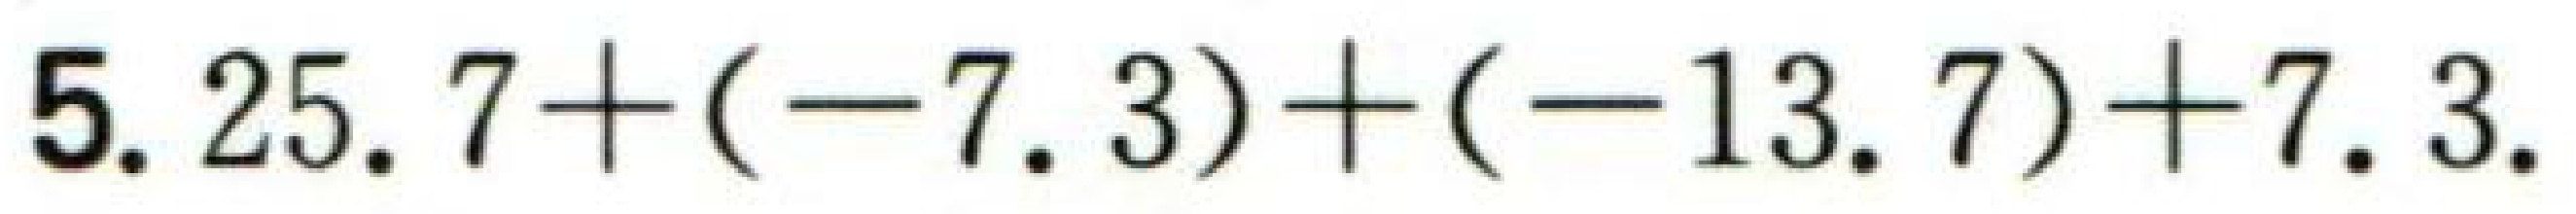
\(5.25.7+(-7.3)+(-13.7)+7.3\)